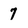
Character: 7